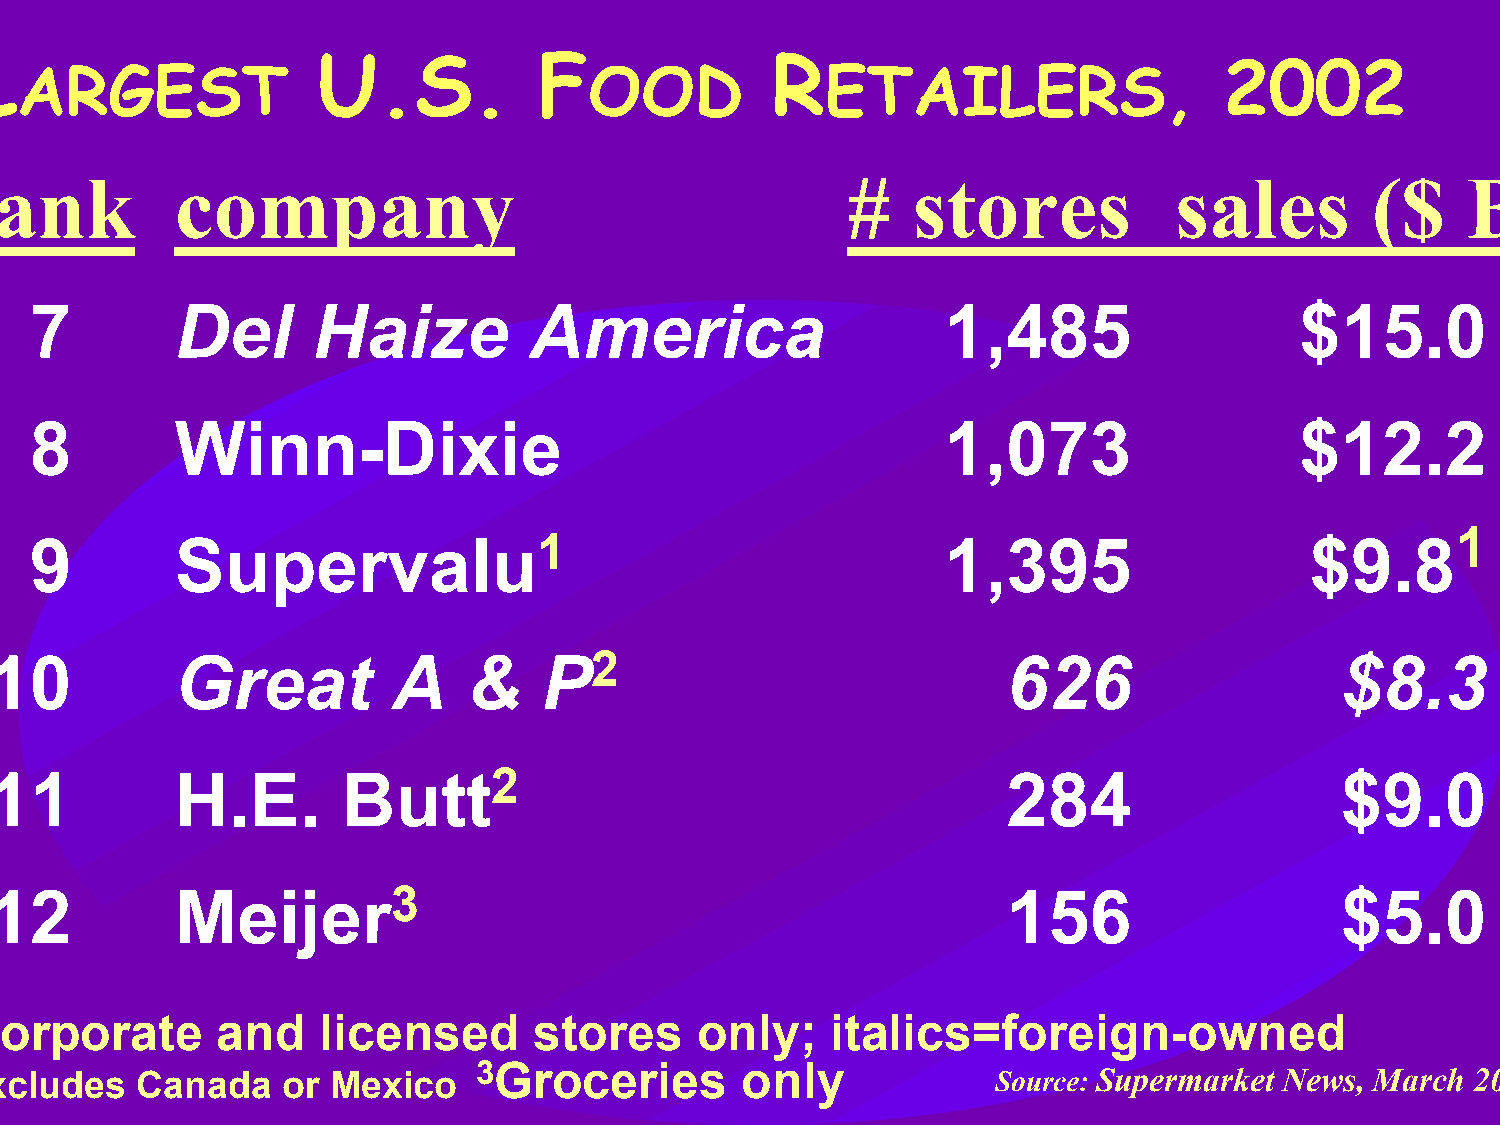
L  ARGEST              U.S.           F  OOD         R   ETAILERS,                 2002
 rank           company                                     #   stores            sales        ($    B)
 7         Del      Haize         America                    1,485                   $15.0
 8         Winn-Dixie                                        1,073                   $12.2
 1
 9         Supervalu1                                        1,395                    $9.8
 10           Great         A    &    P2                             626                   $8.3
 11           H.E.       Butt2                                       284                   $9.0
 12           Meijer3                                                156                   $5.0
 1Corporate        and    licensed      stores     only;    italics=foreign-owned
 2Excludes    Canada    or Mexico   3Groceries        only             Source: Supermarket News, March 2003